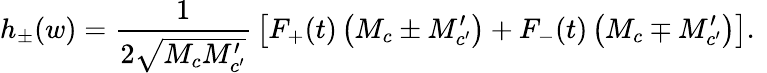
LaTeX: h_{\pm}(w)={\frac{1}{2\sqrt{M_{c}M_{c^{\prime}}^{\prime}}}}\left[F_{+}(t)\left(M_{c}\pm M_{c^{\prime}}^{\prime}\right)+F_{-}(t)\left(M_{c}\mp M_{c^{\prime}}^{\prime}\right)\right].~